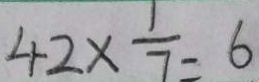
4 2 \times \frac { 1 } { 7 } = 6